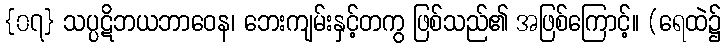
{၀၇} သပ္ပဋိဘယဘာဝေန၊ ဘေးကျမ်းနှင့်တကွ ဖြစ်သည်၏ အဖြစ်ကြောင့်။ (ရေထဲ၌